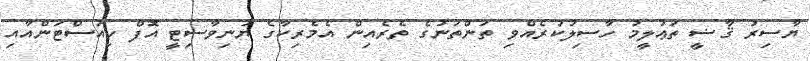
ޔާސިރު ޤާޟީ ތަޢުލީމު ހާސިލުކުރެއްވި ތަންތަނުގެ ތެރެއިން އެމެރިކާގެ ޔުނިވާސިޓީ އޮފް ހިއުސްޓަންއާއި